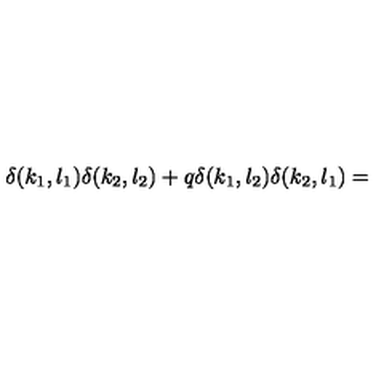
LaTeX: \delta ( k _ { 1 } , l _ { 1 } ) \delta ( k _ { 2 } , l _ { 2 } ) + q \delta ( k _ { 1 } , l _ { 2 } ) \delta ( k _ { 2 } , l _ { 1 } ) =